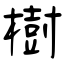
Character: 樹